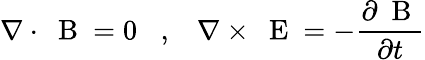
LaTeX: \nabla\cdot\mathrm{~\mathbf~B~}=0\; \; \; ,\; \; \; \nabla\times\mathrm{~\mathbf~E~}=-\frac{\partial\mathrm{~\mathbf~B~}}{\partial t}